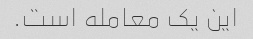
این یک معامله است.